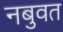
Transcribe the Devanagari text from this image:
नबुवत